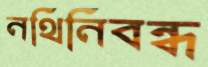
নথিনিবন্ধ